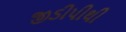
જીડીપીથી